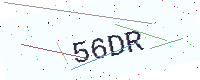
Text: 56DR